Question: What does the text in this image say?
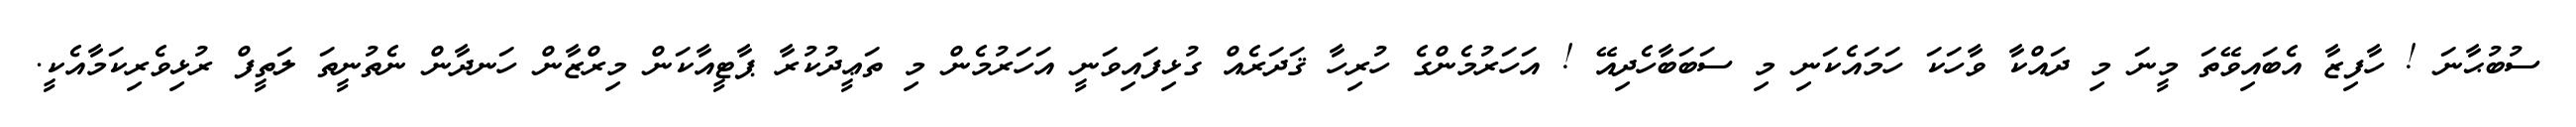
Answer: ސުބުޙާނަ ! ހާފިޒާ އެބައިވޭތަ މީނަ މި ދައްކާ ވާހަކަ ހަމައެކަނި މި ސަބަބާހެދިއޭ ! އަހަރުމެންގެ ހުރިހާ ޤަދަރެއް ގުޅިފައިވަނީ އަހަރުމެން މި ތަޢީދުކުރާ ޕާޓީއާކަން މިރްޒާން ހަނދާން ނެތުނީތަ ލަތީފް ރުޅިވެރިކަމާއެކީ.